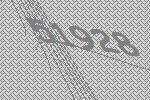
51928